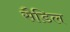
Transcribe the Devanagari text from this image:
सैडिल